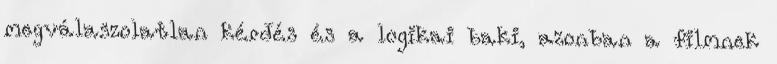
megválaszolatlan kérdés és a logikai baki, azonban a filmnek